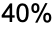
40%